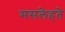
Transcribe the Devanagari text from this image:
मसलेहते